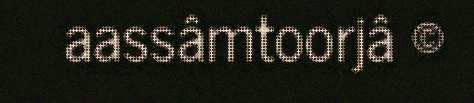
aassâmtoorjâ ©